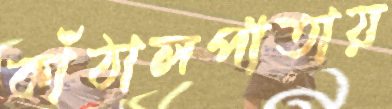
কাঁঠালপাতায়